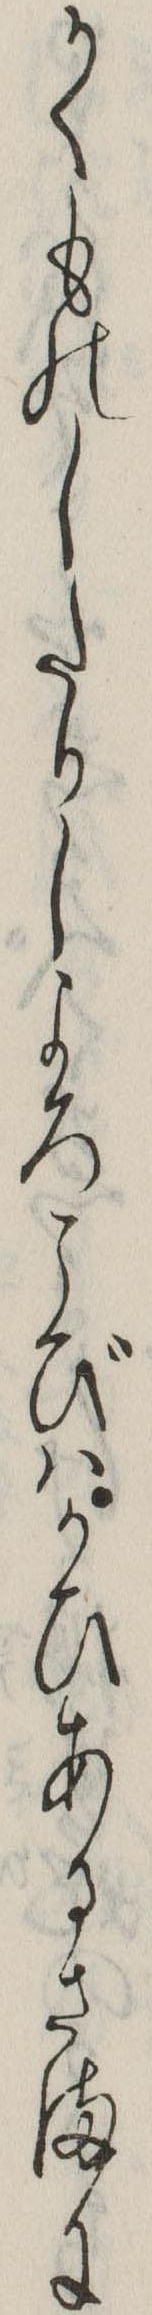
かくものしたりしよろこびはかひあるさまに